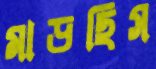
মাড়ছিস